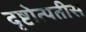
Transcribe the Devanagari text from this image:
दृष्टोत्पतीस